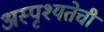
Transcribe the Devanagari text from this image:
अस्पृश्‍यतेची